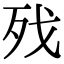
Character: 𣧌